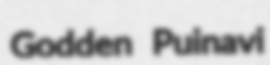
Godden Puinavi